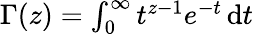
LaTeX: \textstyle\Gamma(z)=\int_{0}^{\infty}t^{z-1}e^{-t}\, \mathrm{d}t